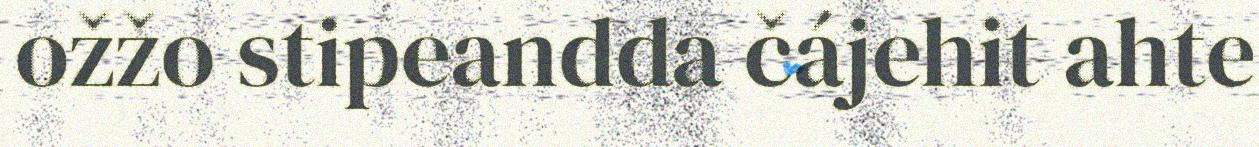
ožžo stipeandda čájehit ahte